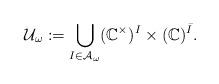
LaTeX: \begin{align*}\mathcal U_\omega:=\bigcup_{I\in \mathcal A_\omega}(\mathbb C^\times)^{I}\times (\mathbb C)^{\bar{I}}.\end{align*}